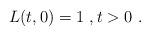
LaTeX: \begin{align*}L(t,0) = 1\ , t>0\ . \end{align*}